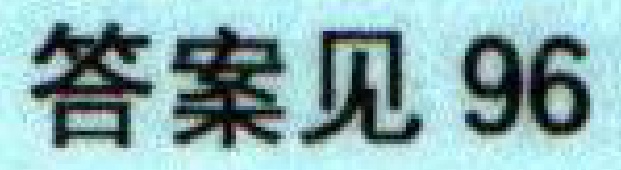
答案见 96